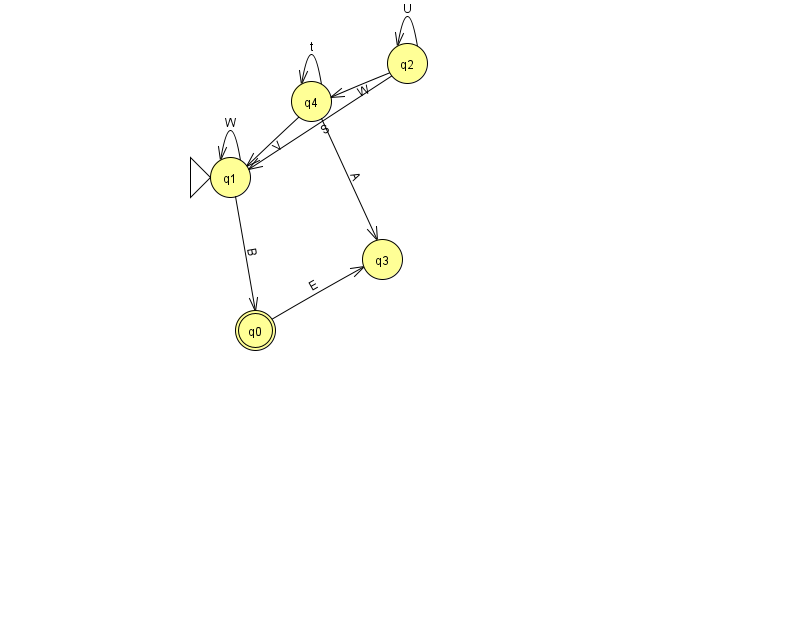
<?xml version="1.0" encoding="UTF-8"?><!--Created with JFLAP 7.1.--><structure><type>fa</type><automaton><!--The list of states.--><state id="0" name="q0"><x>255.0</x><y>317.0</y><final/></state><state id="1" name="q1"><x>230.0</x><y>164.0</y><initial/></state><state id="2" name="q2"><x>407.0</x><y>50.0</y></state><state id="3" name="q3"><x>382.0</x><y>246.0</y></state><state id="4" name="q4"><x>311.0</x><y>88.0</y></state><!--The list of transitions.--><transition><from>4</from><to>1</to><read>V</read></transition><transition><from>1</from><to>0</to><read>B</read></transition><transition><from>4</from><to>4</to><read>t</read></transition><transition><from>2</from><to>1</to><read>S</read></transition><transition><from>2</from><to>2</to><read>U</read></transition><transition><from>1</from><to>1</to><read>W</read></transition><transition><from>2</from><to>4</to><read>W</read></transition><transition><from>0</from><to>3</to><read>E</read></transition><transition><from>4</from><to>3</to><read>A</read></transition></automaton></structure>